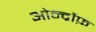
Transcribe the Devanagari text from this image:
ओर्न्द्रोफ़